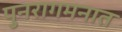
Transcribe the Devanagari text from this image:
पुनरागमनात